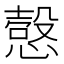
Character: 𰒍